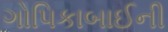
ગોપિકાબાઈની